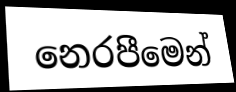
නෙරපීමෙන්